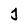
Character: j